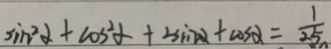
\sin ^ { 2 } \alpha + \cos ^ { 2 } \alpha + \sin \alpha + \cos \alpha = \frac { 1 } { 2 5 }